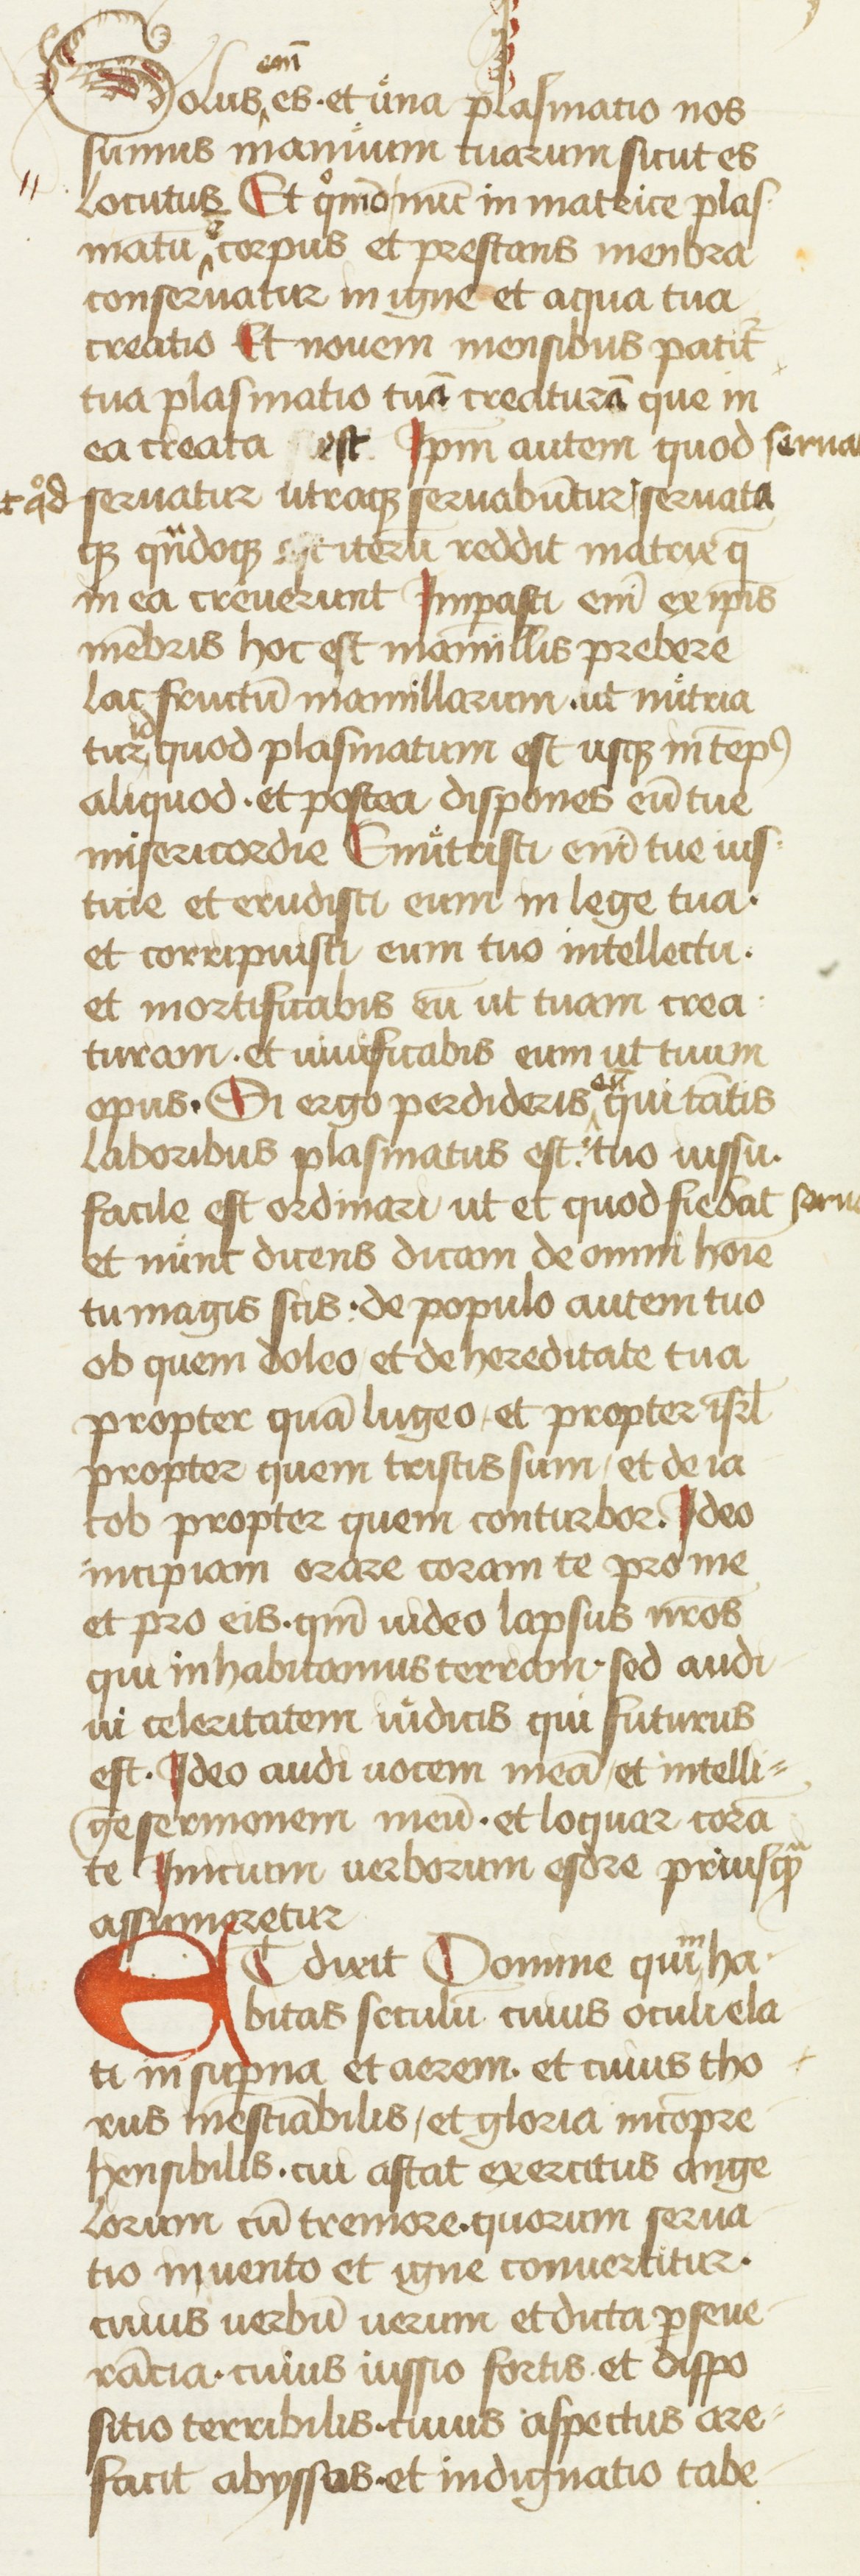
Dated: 1434–1466